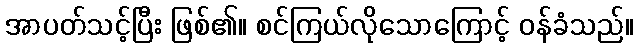
အာပတ်သင့်ပြီး ဖြစ်၏။ စင်ကြယ်လိုသောကြောင့် ဝန်ခံသည်။